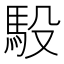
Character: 𫘈